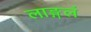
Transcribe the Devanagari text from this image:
लाङ्गलं